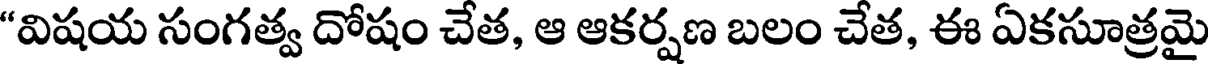
"విషయ సంగత్వ దోషం చేత, ఆ ఆకర్షణ బలం చేత, ఈ ఏకసూత్రమై